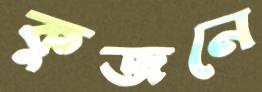
কুজনে